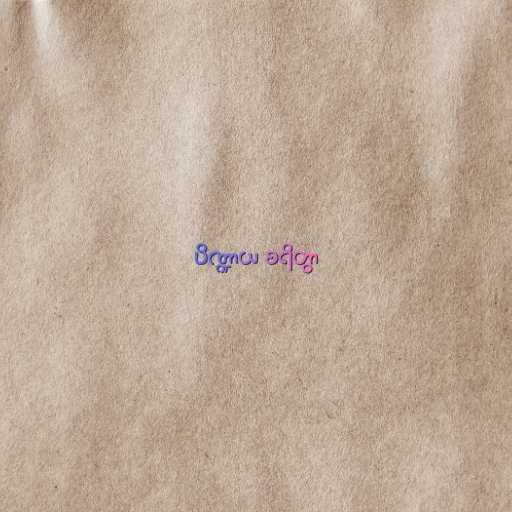
ပိဏ္ဍာယ စရိတွာ